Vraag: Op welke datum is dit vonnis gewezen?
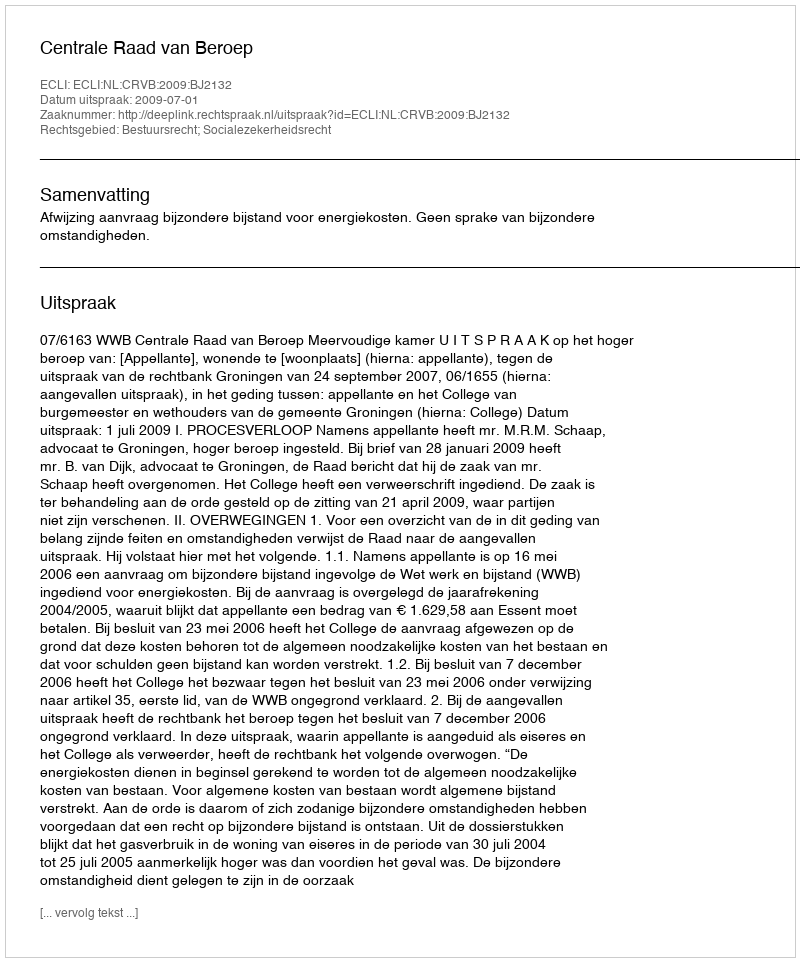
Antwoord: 2009-07-01